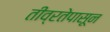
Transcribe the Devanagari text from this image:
तीव्रतेपासून